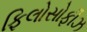
ફિલોસોફીઝ